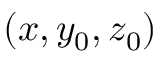
( x , y _ { 0 } , z _ { 0 } )